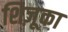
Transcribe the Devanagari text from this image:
शिज़ूका